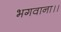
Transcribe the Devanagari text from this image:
भगवाना।।